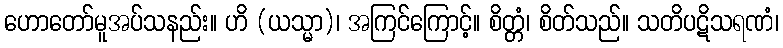
ဟောတော်မူအပ်သနည်း။ ဟိ (ယသ္မာ)၊ အကြင်ကြောင့်။ စိတ္တံ၊ စိတ်သည်။ သတိပဋိသရဏံ၊